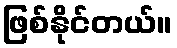
ဖြစ်နိုင်တယ်။